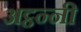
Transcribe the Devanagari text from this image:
अट्ठन्नी